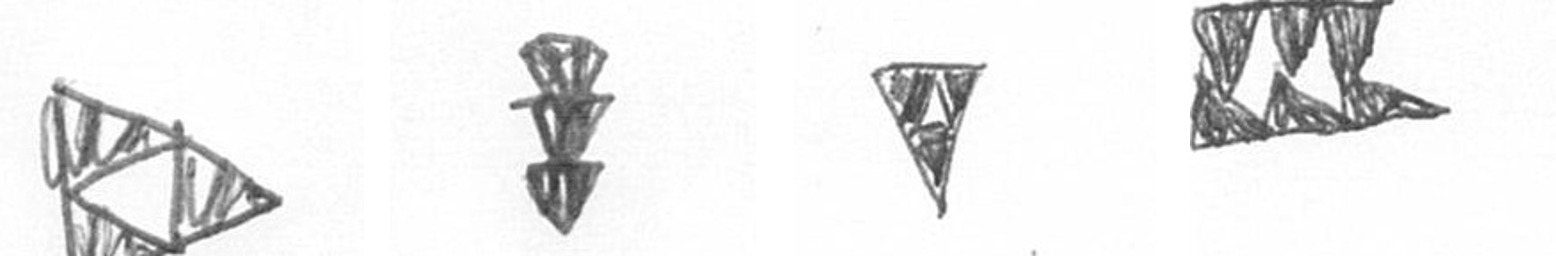
K E S D